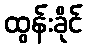
ထွန်းခိုင်